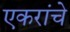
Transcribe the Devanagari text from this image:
एकरांचे